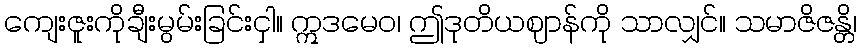
ကျေးဇူးကိုချီးမွမ်းခြင်းငှါ။ ဣဒမေဝ၊ ဤဒုတိယဈာန်ကို သာလျှင်။ သမာဇိဇန္တိ၊